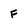
Character: F